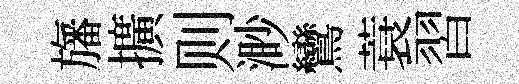
旛擴则渺鸞蓑習